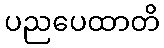
ပညပေထာတိ